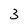
Character: 3